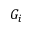
G _ { i }